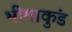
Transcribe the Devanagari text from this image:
भीमाकुंड